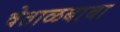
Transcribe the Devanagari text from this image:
वेताळबाबा